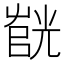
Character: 𫵰